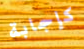
كإجابة